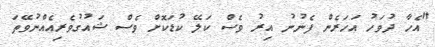
"އެހާ ދުވަހު އަހަރެން ފެނުނު އިރު ވެސް ކަލޭ ކުޑަކޮށް ވެސް ޝައުގުވެރިއެއްނުވޭތަ